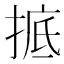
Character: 掋